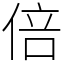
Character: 倍